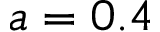
a = 0 . 4